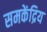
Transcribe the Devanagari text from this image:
समकेंद्रिय